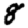
Digit: 8